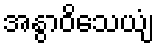
အနွာဝိသေယျံ